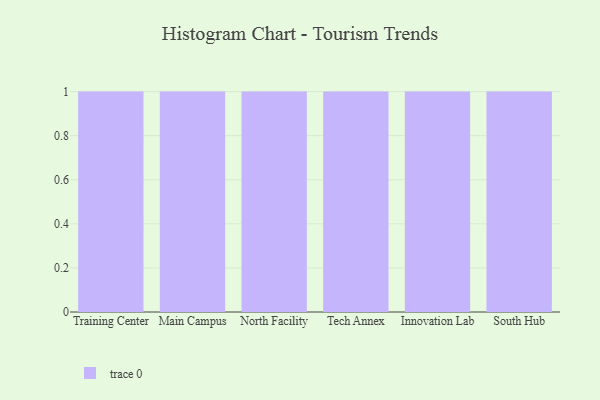
{"axis": {"x": "Campus", "y": "Shipments"}, "legend": [""], "data": [{"x": "Training Center", "y": 17, "type": ""}, {"x": "Main Campus", "y": 67, "type": ""}, {"x": "North Facility", "y": 39, "type": ""}, {"x": "Tech Annex", "y": 98, "type": ""}, {"x": "Innovation Lab", "y": 15, "type": ""}, {"x": "South Hub", "y": 26, "type": ""}]}